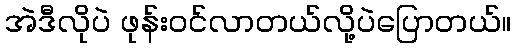
အဲဒီလိုပဲ ဖုန်းဝင်လာတယ်လို့ပဲပြောတယ်။